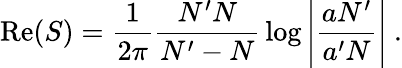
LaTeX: {\mathrm{Re}}(S)={\frac{1}{2\pi}}{\frac{N^{\prime}N}{N^{\prime}-N}}\log\left|{\frac{aN^{\prime}}{a^{\prime}N}}\right|~.